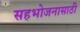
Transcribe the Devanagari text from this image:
सहभोजनासाठी